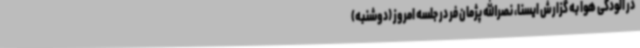
در آلودگی هوا به گزارش ایسنا، نصرالله پژمان فر در جلسه امروز (دوشنبه)